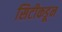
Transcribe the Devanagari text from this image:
सिटीकडून